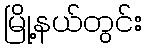
မြို့နယ်တွင်း